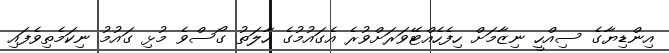
އިންޑިޔާގެ ސިއްހީ ނިޒާމަށް ހިފެހެއްޓޭވަރަށްވުރެ އެގައުމުގެ ހާލަތު ގޯސްވެ މުޅި ގައުމު ނިކަމެތިވެފައި